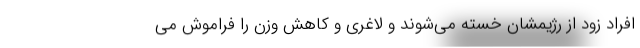
افراد زود از رژیمشان خسته می‌شوند و لاغری و کاهش وزن را فراموش می